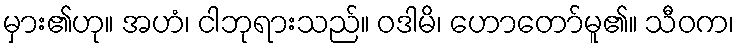
မှား၏ဟု။ အဟံ၊ ငါဘုရားသည်။ ဝဒါမိ၊ ဟောတော်မူ၏။ သီဝက၊